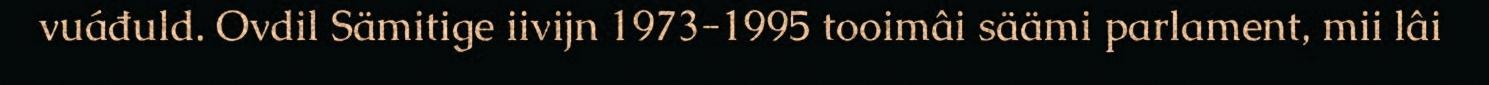
vuáđuld. Ovdil Sämitige iivijn 1973-1995 tooimâi säämi parlament, mii lâi